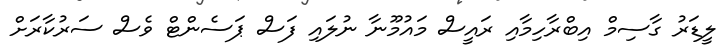
ލީޑަރު ގާސިމް އިބްރާހިމާއި ރައީސް މައުމޫނާ ނުލައި ފަސް ޕަސެންޓް ވެސް ސަރުކާރަށް